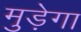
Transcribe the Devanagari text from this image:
मुड़ेगा